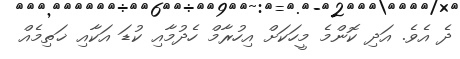
ދެ އެވެ. އަދި ކޮންމެ މީހަކަށް އިހުރާމް ހެދުމާއި ކުޑަ އަކާއި ޚަތިމެއް